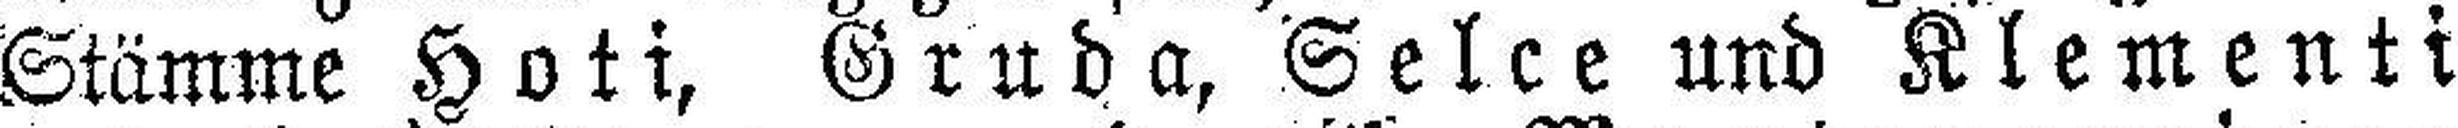
Stämme Hoti, Gruda, Selce und Klementi